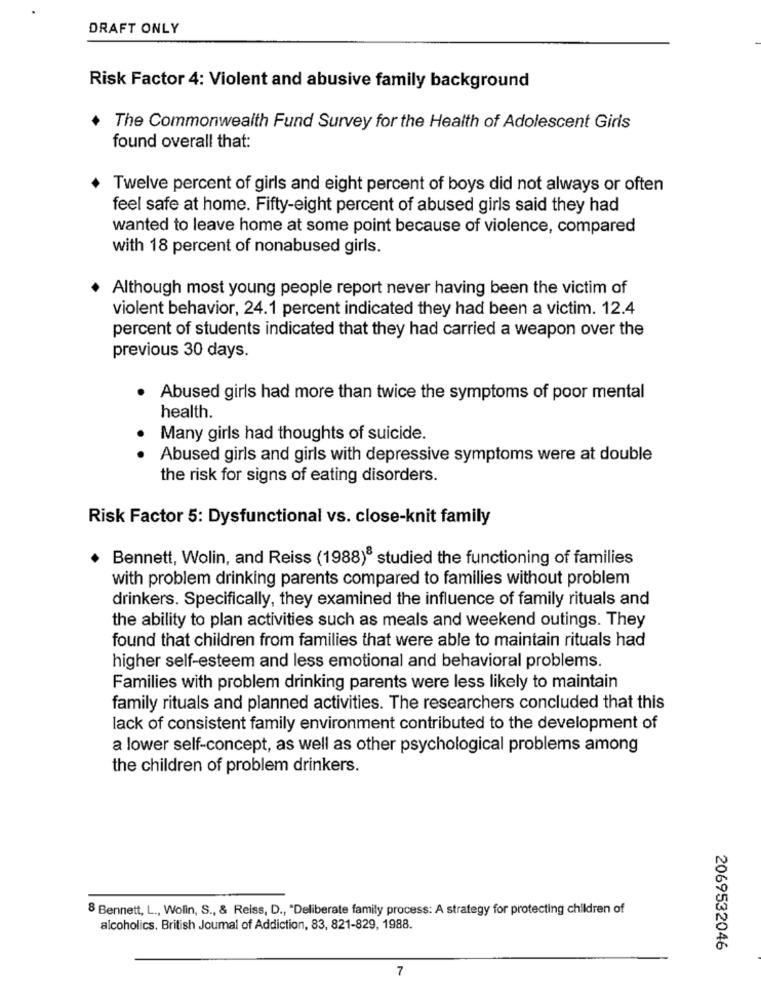
DRAFT ONLY
Risk Factor 4: Violent and abusive family background
The Commonwealth Fund Survey for the Health of Adolescent Girls
found overall that:
Twelve percent of girls and eight percent of boys did not always or often
feel safe at home. Fifty-eight percent of abused girls said they had
wanted to leave home at some point because of violence, compared
with 18 percent of nonabused girls.
Although most young people report never having been the victim of
violent behavior, 24.1 percent indicated they had been a victim. 12.4
percent of students indicated that they had carried a weapon over the
previous 30 days.
Abused girls had more than twice the symptoms of poor mental
health.
Many girls had thoughts of suicide.
Abused girls and girls with depressive symptoms were at double
the risk for signs of eating disorders.
Risk Factor 5: Dysfunctional vs. close-knit family
Bennett, Wolin, and Reiss (1988) studied the functioning of families
with problem drinking parents compared to families without problem
drinkers. Specifically, they examined the influence of family rituals and
the ability to plan activities such as meals and weekend outings. They
found that children from families that were able to maintain rituals had
higher self-esteem and less emotional and behavioral problems.
Families with problem drinking parents were less likely to maintain
family rituals and planned activities. The researchers concluded that this
lack of consistent family environment contributed to the development of
a lower self-concept, as well as other psychological problems among
the children of problem drinkers.
8 Bennett, L ., Wolin, S ., & Reiss, D ., "Deliberate family process: A strategy for protecting children of
alcoholics. British Joumal of Addiction, 83, 821-829, 1988.
2069532046
7